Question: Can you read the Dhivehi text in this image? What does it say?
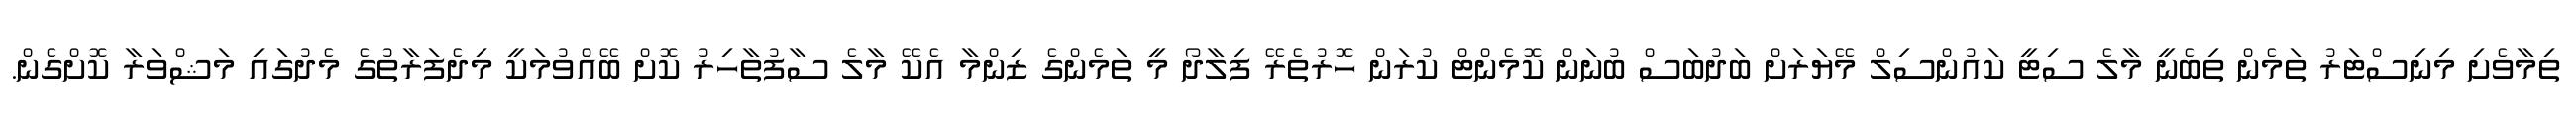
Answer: ތިމާވެށި މިނިސްޓަރު ތަމެން ތިބެނީ މާލެ ސިޓީ ކައުންސިލް މޭޔަރަށް ބަދުބަސް ބުނަން ކޮމެންޓް ކުރަން ހޮރުތެރޭ ފިލާދޯ މީ ތަމެންގެ ޒިންމާ އެކޭ މާލެ ސާފުތާހިރު ކޮށް ބޭއްވުމަކީ މިދެފަރާތުގެ މެދުގައި މަޝްވަރާ ކޮށްގެން.